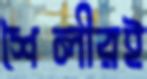
শৈলীরই